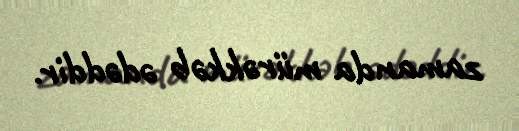
zamanda mürəkkəb ədəddir.